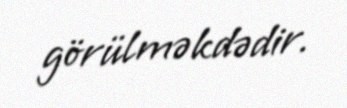
görülməkdədir.